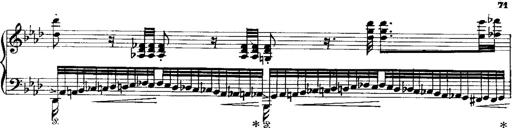
Title: Miserere du Trovatore
Composer: Franz Liszt